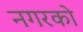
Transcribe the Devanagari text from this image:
नगरको